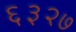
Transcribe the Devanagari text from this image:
६३२७